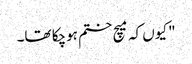
" کیوں کہ میچ ختم ہوچکا تھا۔